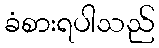
ခံစားရပါသည်